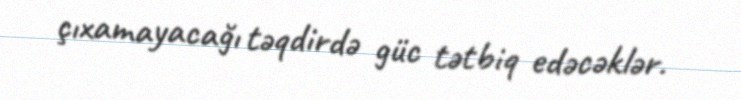
çıxamayacağı təqdirdə güc tətbiq edəcəklər.